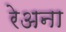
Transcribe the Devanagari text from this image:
रेअना